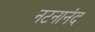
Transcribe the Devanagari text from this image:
नटनानंद